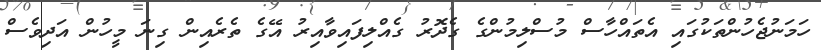
ހަމަނުޖެހުންތަކުގައި އެތައްހާސް މުސްލިމުންގެ ގެދޮރު ގެއްލިފައިވާއިރު އޭގެ ތެރެއިން ގިނަ މީހުން އަދިވެސް